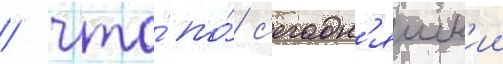
/ что́ по́ с'егодн'яшн'ии